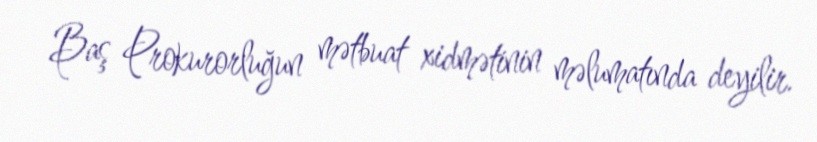
Baş Prokurorluğun mətbuat xidmətinin məlumatında deyilir.